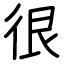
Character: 很